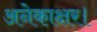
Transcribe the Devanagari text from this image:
अनेकाक्षर।